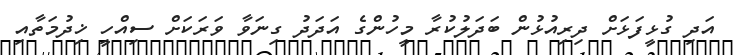
އަދި ގުޅީފަޅަށް ދިރިއުޅުން ބަދަލުކުރާ މީހުންގެ އަދަދު ގިނަވާ ވަރަކަށް ސިއްހީ ޚިދުމަތާއި